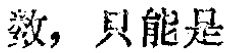
数，只能是